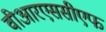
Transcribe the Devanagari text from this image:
वीआरएससीएफ